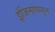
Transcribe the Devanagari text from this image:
इंजिनांपासून